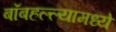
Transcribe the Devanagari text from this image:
बॉबहल्ल्यामध्ये